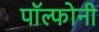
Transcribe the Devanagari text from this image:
पॉल्फोनी